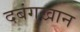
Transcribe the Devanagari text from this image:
दबंगखान